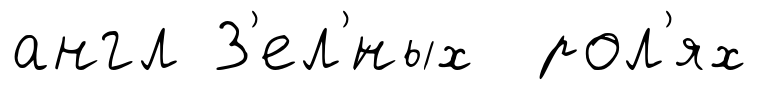
англ З'ел'́ных рол'ях